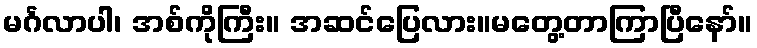
မင်္ဂလာပါ၊ အစ်ကိုကြီး။ အဆင်ပြေလား။မတွေ့တာကြာပြီနော်။